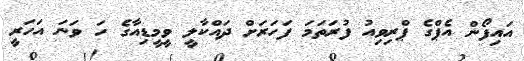
އައިފޯން އެޕްގެ ޕްރިވިއު ފުރަތަމަ ފަހަރަށް ދައްކާލީ ވީމީޑިއާގެ ހަ ވަނަ އަހަރީ